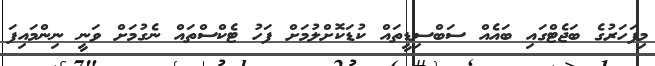
މިފަހަރުގެ ބަޖެޓްގައި ބައެއް ސަބްސިޑީތައް ކުޑަކޮށްލުމަށް ފަހު ޓެކްސްތައް ނެގުމަށް ވަނީ ނިންމައިފަ